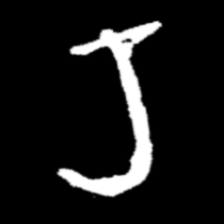
Pyu character \u2014 Myanmar letter: ရ (romanized: ra)